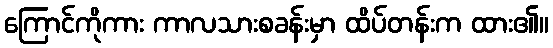
ကြောင်ကိုကား ကာလသားစခန်းမှာ ထိပ်တန်းက ထား၏။